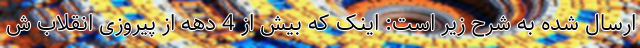
ارسال شده به شرح زیر است: اینک که بیش از 4 دهه از پیروزی انقلاب ش